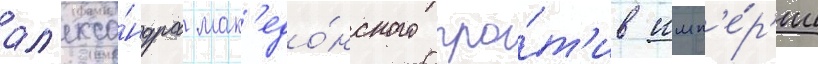
ал'екса́ндра мак'едо́нского про́т'ив имп'е́р'ии